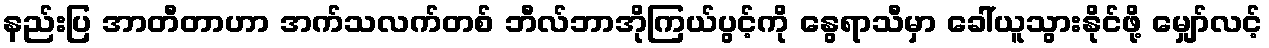
နည်းပြ အာတီတာဟာ အက်သလက်တစ် ဘီလ်ဘာအိုကြယ်ပွင့်ကို နွေရာသီမှာ ခေါ်ယူသွားနိုင်ဖို့ မျှော်လင့်